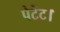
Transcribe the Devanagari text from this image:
पेटेंट।